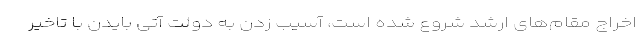
اخراج مقام‌های ارشد شروع شده است، آسیب زدن به دولت آتی بایدن با تاخیر